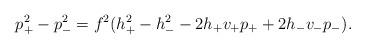
LaTeX: \begin{align*} p_+^2-p_-^2=f^2(h_+^2-h_-^2-2h_+v_+p_++2h_-v_-p_-).\end{align*}